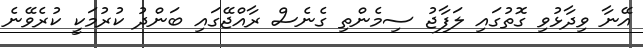
އޭނާ ވިދާޅުވި ގޮތުގައި ލަފާޖު ސިމެންތި ގެނެސް ރާއްޖޭގައި ބަންދު ކުރުމަކީ ކުރެވޭނެ